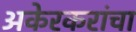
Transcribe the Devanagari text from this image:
अकेरकरांचा